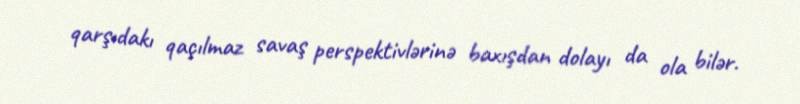
qarşıdakı qaçılmaz savaş perspektivlərinə baxışdan dolayı da ola bilər.